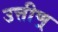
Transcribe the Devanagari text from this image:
उत्तीण्र